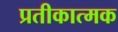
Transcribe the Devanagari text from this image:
प्रतीकात्‍मक